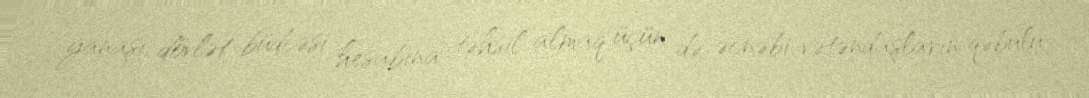
yanaşı, dövlət büdcəsi hesabına təhsil almaq üçün də əcnəbi vətəndaşların qəbulu